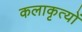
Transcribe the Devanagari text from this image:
कलाकृत्यों